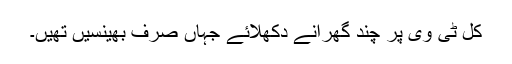
کل ٹی وی پر چند گھرانے دکھلائے جہاں صرف بھینسیں تھیں۔